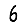
Digit: 6